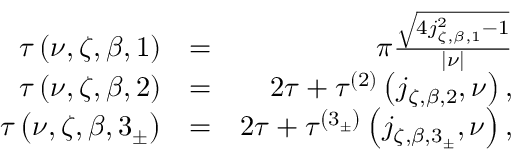
\begin{array} { r l r } { \tau \left( \nu , \zeta , \beta , 1 \right) } & { = } & { \pi \frac { \sqrt { 4 j _ { \zeta , \beta , 1 } ^ { 2 } - 1 } } { \left\vert \nu \right\vert } } \\ { \tau \left( \nu , \zeta , \beta , 2 \right) } & { = } & { 2 \tau + \tau ^ { \left( 2 \right) } \left( j _ { \zeta , \beta , 2 } , \nu \right) , } \\ { \tau \left( \nu , \zeta , \beta , 3 _ { \pm } \right) } & { = } & { 2 \tau + \tau ^ { \left( 3 _ { \pm } \right) } \left( j _ { \zeta , \beta , 3 _ { \pm } } , \nu \right) , } \end{array}